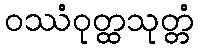
ဝဿံဝုတ္ထသုတ္တံ